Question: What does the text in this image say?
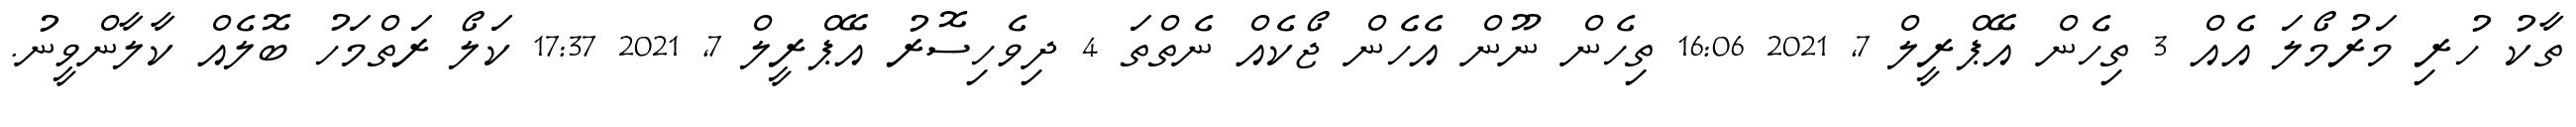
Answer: ތާކު ހުރި މަރުމޯލަ އެއް 3 ތިހެން އޭޕްރީލް 7, 2021 16:06 ތިހެން ނޫން އެހެން ޖޯކެއް ނެތްތަ 4 ދިވެހިސޮރު އޭޕްރީލް 7, 2021 17:37 ކަލޯ ރަތްމަހު ބޮލެއް ކާލާންވީނު.